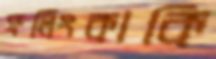
ফলিংকাকি